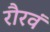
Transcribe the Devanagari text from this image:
रौरवं